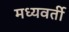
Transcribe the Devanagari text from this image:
मध्‍यवर्ती